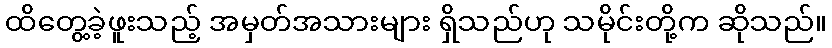
ထိတွေ့ခဲ့ဖူးသည့် အမှတ်အသားများ ရှိသည်ဟု သမိုင်းတို့က ဆိုသည်။